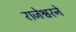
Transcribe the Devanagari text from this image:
राजेश्वरने